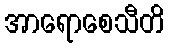
အာရောစေသီတိ